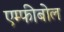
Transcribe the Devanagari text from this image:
एम्फीबोल